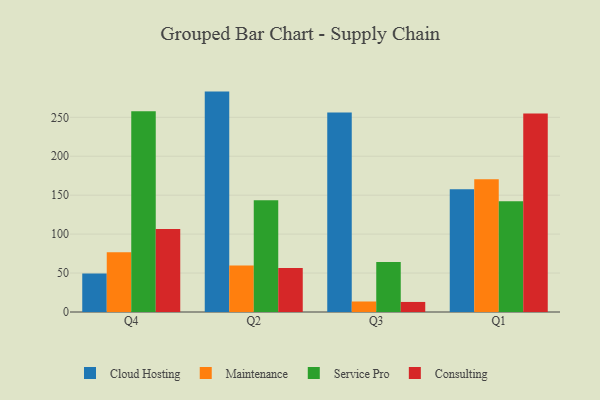
{"axis": {"x": "Quarter", "y": "Demand Index"}, "legend": ["Cloud Hosting", "Consulting", "Maintenance", "Service Pro"], "data": [{"x": "Q4", "y": 49.5, "type": "Cloud Hosting"}, {"x": "Q4", "y": 76.8, "type": "Maintenance"}, {"x": "Q4", "y": 257.7, "type": "Service Pro"}, {"x": "Q4", "y": 106.6, "type": "Consulting"}, {"x": "Q2", "y": 283.0, "type": "Cloud Hosting"}, {"x": "Q2", "y": 59.6, "type": "Maintenance"}, {"x": "Q2", "y": 143.4, "type": "Service Pro"}, {"x": "Q2", "y": 56.6, "type": "Consulting"}, {"x": "Q3", "y": 256.1, "type": "Cloud Hosting"}, {"x": "Q3", "y": 13.5, "type": "Maintenance"}, {"x": "Q3", "y": 64.1, "type": "Service Pro"}, {"x": "Q3", "y": 12.9, "type": "Consulting"}, {"x": "Q1", "y": 157.5, "type": "Cloud Hosting"}, {"x": "Q1", "y": 170.3, "type": "Maintenance"}, {"x": "Q1", "y": 142.1, "type": "Service Pro"}, {"x": "Q1", "y": 255.0, "type": "Consulting"}]}